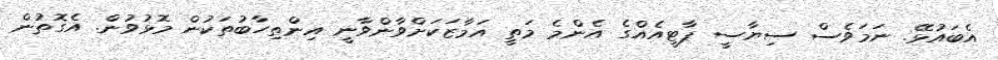
އެބައުޅޭ. ނަމަވެސް ސިޔާސީ ޕާޓީއެއްގެ އެންމެ މަތީ އަމާޒަކަށްވާންވާނީ އިންތިހާބުތަކުން މޮޅުވުން. އެގޮތުން